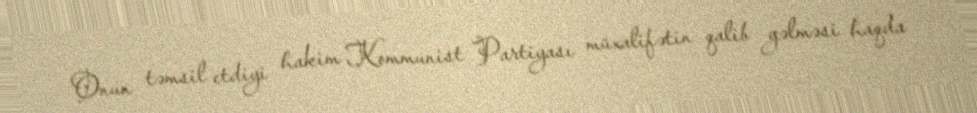
Onun təmsil etdiyi hakim Kommunist Partiyası müxalifətin qalib gəlməsi haqda